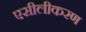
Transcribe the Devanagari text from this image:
एसीलीकरण